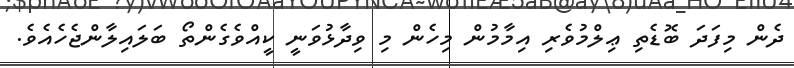
ދެން މިފަދަ ބޮޑެތި ޢިލްމުވެރި އިމާމުން މިހެން މި ވިދާޅުވަނީ ކީއްވެގެންތޯ ބަލައިލާންޖެހެއެވެ.